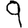
Digit: 9